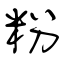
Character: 粉